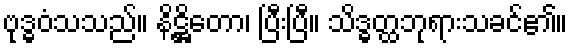
ဗုဒ္ဓဝံသသည်။ နိဋ္ဌိတော၊ ပြီးပြီ။ သိဒ္ဓတ္ထဘုရားသခင်၏။